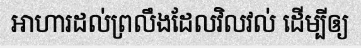
អាហារដល់ព្រលឹងដែលវិលវល់ ដើម្បីឲ្យ